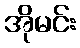
အိုမင်း